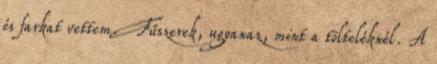
és farkat vettem. Fűszerek, ugyanaz, mint a tölteléknél. A